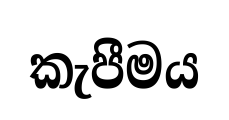
කැපීමය